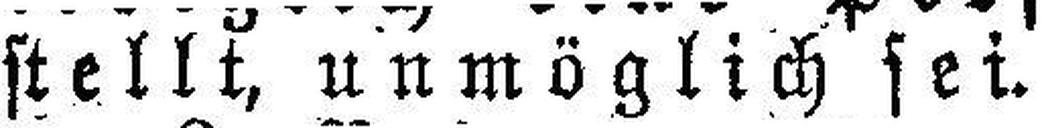
stellt, unmöglich sei.